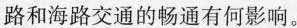
路和海路交通的畅通有何影响。